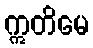
ဣတိမေ